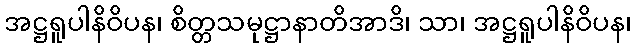
အဋ္ဌရူပါနိဝိပန၊ စိတ္တသမုဋ္ဌာနာတိအာဒိ၊ သာ၊ အဋ္ဌရူပါနိဝိပန၊